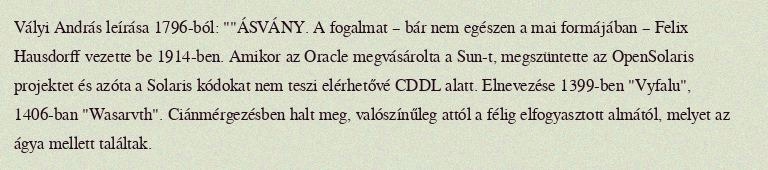
Vályi András leírása 1796-ból: ""ÁSVÁNY. A fogalmat – bár nem egészen a mai formájában – Felix Hausdorff vezette be 1914-ben. Amikor az Oracle megvásárolta a Sun-t, megszüntette az OpenSolaris projektet és azóta a Solaris kódokat nem teszi elérhetővé CDDL alatt. Elnevezése 1399-ben "Vyfalu", 1406-ban "Wasarvth". Ciánmérgezésben halt meg, valószínűleg attól a félig elfogyasztott almától, melyet az ágya mellett találtak.